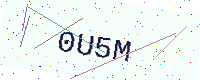
Text: 0U5M